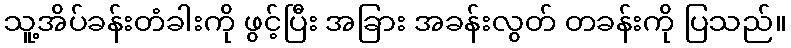
သူ့အိပ်ခန်းတံခါးကို ဖွင့်ပြီး အခြား အခန်းလွတ် တခန်းကို ပြသည်။